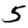
Digit: 5